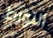
التورط